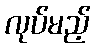
လုပ်မည့်